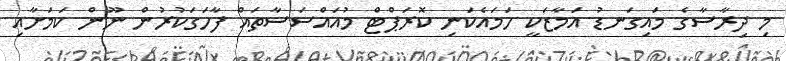
މި ދިރާސާގެ މައިގަނޑު އަމާޒަކީ ހަމައެކަނި ކޮރަޕްޓް މުއައްސަސާތައް ފާހަގަކުރުން ނޫން ކަމަށާއި